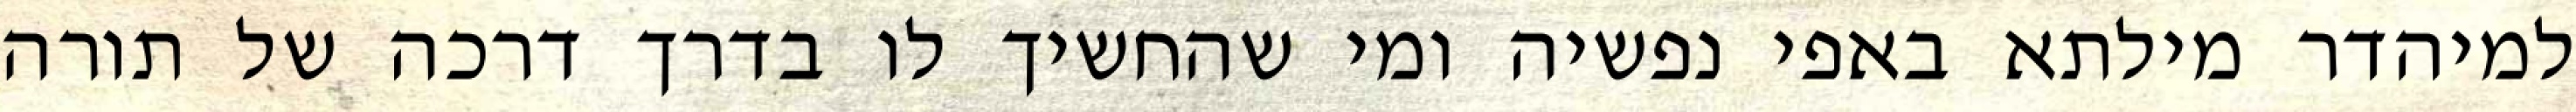
למיהדר מילתא באפי נפשיה ומי שהחשיך לו בדרך דרכה של תורה